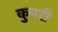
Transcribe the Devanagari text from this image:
कुपरी